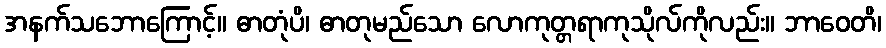
အနက်သဘောကြောင့်။ ဓာတုံပိ၊ ဓာတုမည်သော လောကုတ္တရာကုသိုလ်ကိုလည်း။ ဘာဝေတိ၊